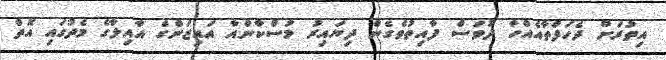
އިތުރަށް ދެހަފްތާއެއްހާ ދުވަސް ފާއިތުވެގެން ދިޔައިރު މުސްކާންއާ އައިޒަންގެ އާއިލާގެ މެދުގައި އޮތް